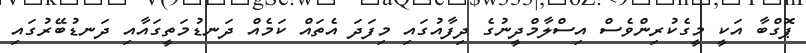
ޕޮގްބާ އަކީ މީގެކުރިންވެސް އިސްލާމްދީނުގެ ދިފާއުގައި މިފަދަ އެތައް ކަމެއް ދަނޑުމަތީގައާއި ދަނޑުބޭރުގައި